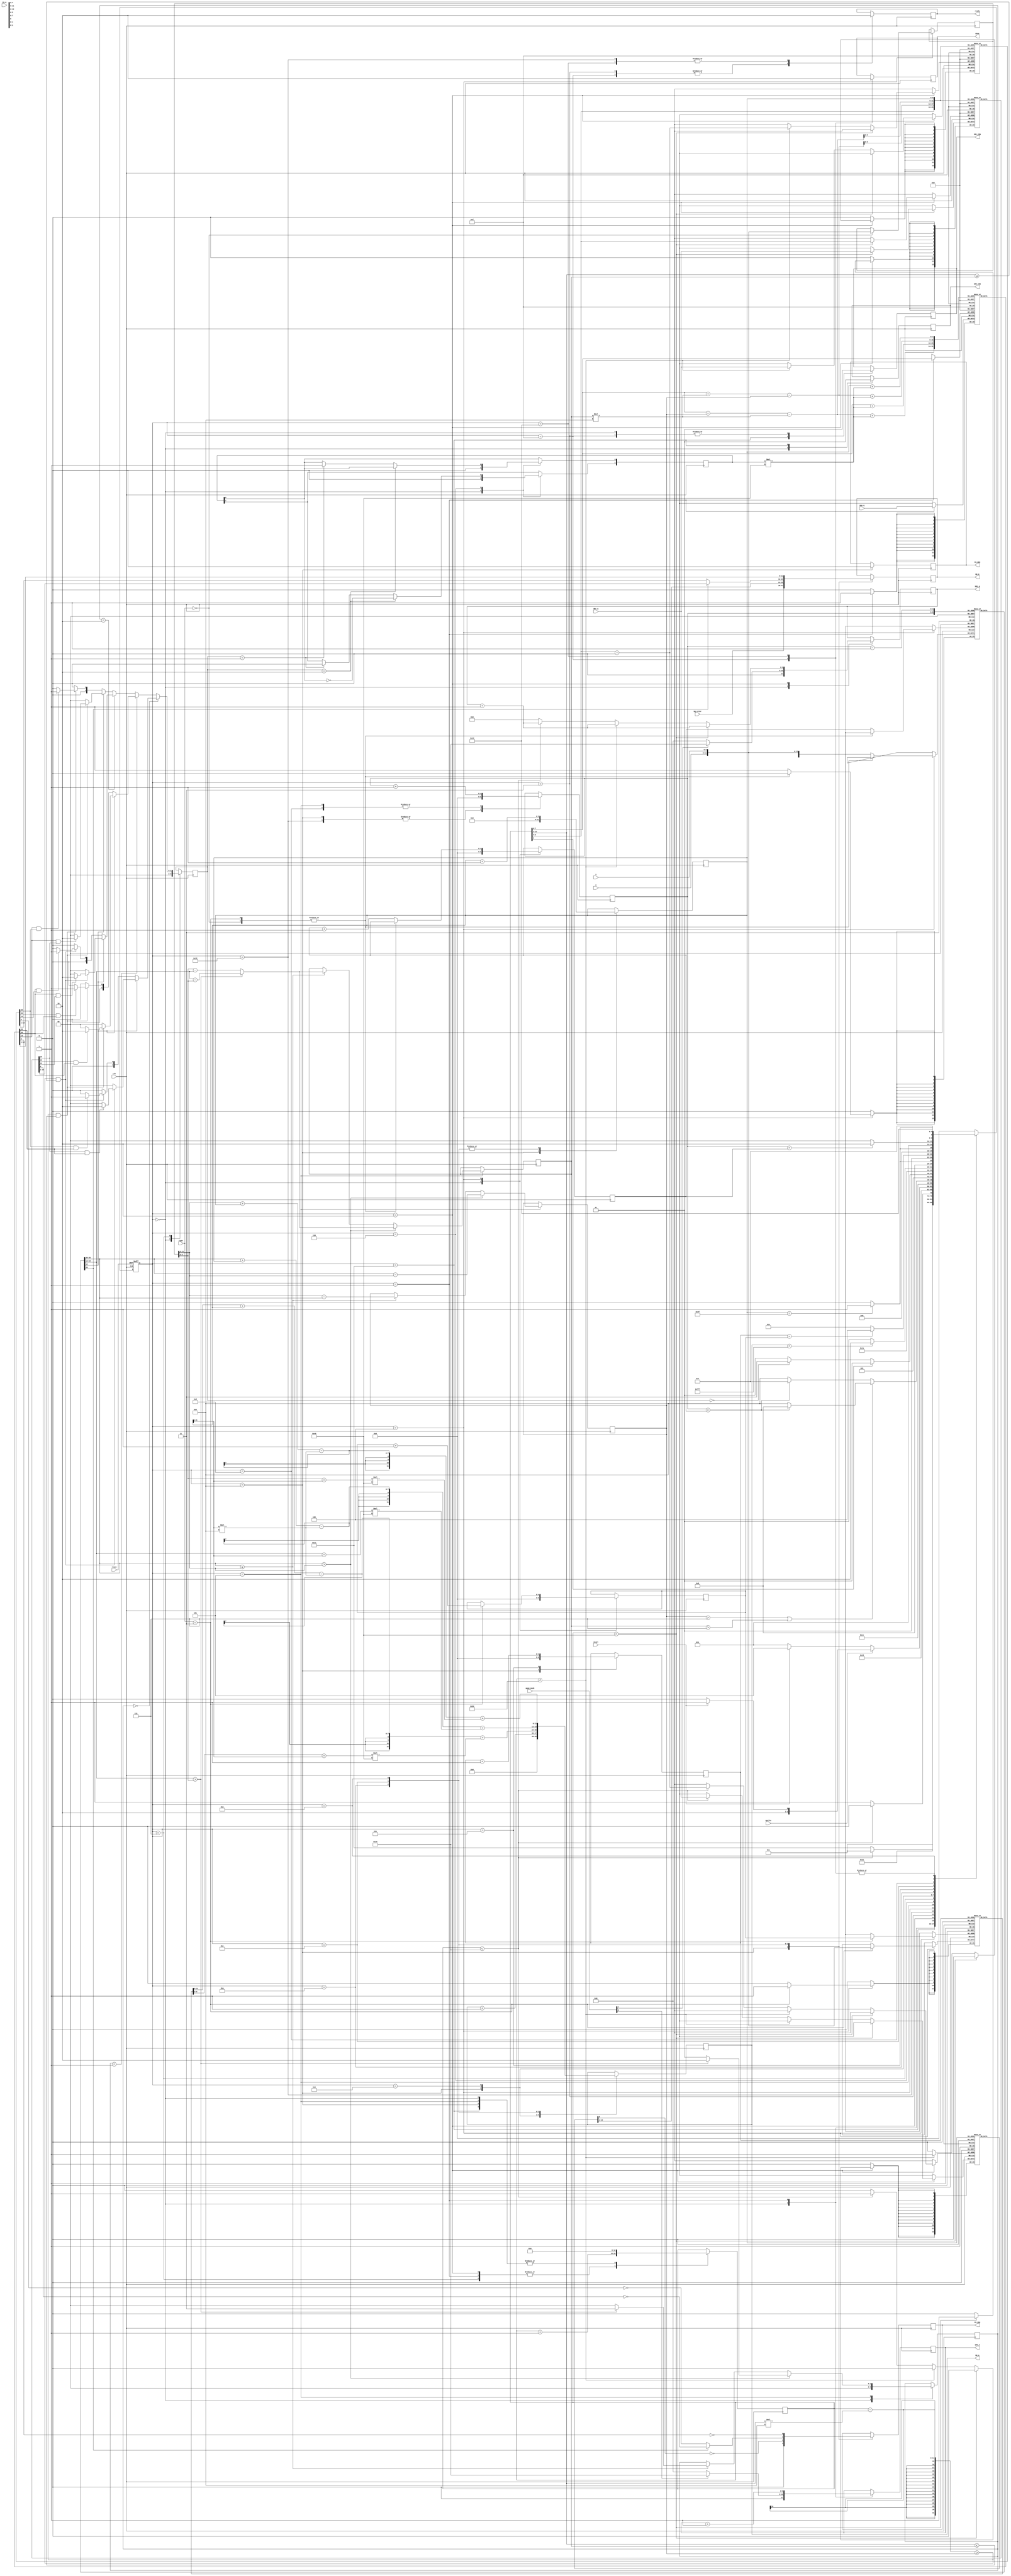
module SGDE (ready, done, clk, reset, sprite, start, type, X, Y, SR0_CEN, SR0_A, SR0_Q, SR1_CEN, 
SR1_A, SR1_Q, FB_CEN, FB_WEN, FB_A, FB_D, FB_Q, bg_color, game_mode);
								//, count ,state, next_state, player_state, state_record);


	//------------------------------------------------------------------
	//	Inputs
	//------------------------------------------------------------------
	input			clk;
	input			reset;
	input			sprite;
	input			start;
	input	[1:0]	type;
	input	[5:0]	X;
	input	[5:0]	Y;
	input	[12:0]	SR0_Q;
	input	[12:0]	SR1_Q;
	input	[11:0]	FB_Q;
	input	[11:0]	bg_color;
	input	[1:0]	game_mode;

	//------------------------------------------------------------------
	//	Outputs
	//------------------------------------------------------------------
	output			ready;
	output			done;
	output			SR0_CEN;
	output			SR1_CEN;
	output			FB_CEN;
	output			FB_WEN;
	output	[8:0]	SR0_A;
	output	[8:0]	SR1_A;
	output	[11:0]	FB_A;
	output	[11:0]	FB_D;
	
	// output   [12:0]  count;
	// output	[4:0]	  state;
	// output	[4:0]	  next_state;
	// output  [1:0]	player_state;
	// output  [1:0]	state_record;

	reg			ready;
	reg			done;
	reg			SR0_CEN;
	reg			SR1_CEN;
	reg			FB_CEN;
	reg			FB_WEN;
	reg	[8:0]	SR0_A;
	reg	[8:0]	SR1_A;
	reg	[11:0]	FB_A;
	reg	[11:0]	FB_D;
	//-----------------------------------
	reg [11:0]	buf_player;
	reg [13:0]	buf_powerup_enemy [0:19];
	reg [11:0]	buf_background [0:19];
	reg	[12:0]	image_player[0:191];
	reg	[12:0]	image_powerup[0:63];
	reg	[12:0]	image_enemy[0:63];
	reg	[12:0]	image_background[0:63];
	reg [4:0]	num_bg;
	reg [4:0]	num_pwr_emy;
	reg [12:0]	count;
	reg [5:0]	deltaX;
	reg [5:0]	deltaY;
	reg [5:0]	count_image;
	// reg [2:0]	i;
	// reg [2:0]	j;
	// reg [4:0] 	count_player;
	reg [1:0]	position_record; // record the emy or pwrup position relative to the player 00 01 10 11
	reg [4:0] 	count_powerup_enemy;
	// reg [4:0] 	count_powerup_enemy_reg;
	reg [4:0] 	count_background;
	// reg [4:0] 	count_background_reg;
	reg [4:0] 	next_state;
	reg [4:0] 	state;
	reg [1:0]	player_state;
	reg [1:0]	state_record;
	parameter	rst = 0,
				store_sr0 = 1,
				store_breath = 17,
				store_sr1 = 2,
				beready = 3,
				detect_start_sprite = 18,
				adding = 4,
				position_pwr_emy = 5,
				is_possible= 6,
				judge = 7,
				pre_write_buf = 8,
				write_bgcolor = 9,
				write_bg = 10,
				bg_next = 11,
				write_pwr_emy = 12,
				pwr_emy_next = 13,
				write_player = 14,
				finish_write = 15,
				all_over = 16;

	always @(posedge clk or posedge reset) begin
		if (reset) begin
			state <= rst;
			
		end
		else begin
			state <= next_state;
			// $display(state);
		end
	end

	// always @(posedge clk) begin
	// 	if (sprite) begin
	// 		case(type)
	// 			2'b00: begin
	// 				buf_player <= {X, Y};
	// 			end
	// 			2'b11: begin
	// 				buf_background[count_background_reg] <= {X, Y};

	// 				count_background_reg <= count_background_reg + 1;
	// 			end
	// 			default: begin
	// 				buf_powerup_enemy[count_powerup_enemy_reg] <= {type, X, Y};
	// 				count_powerup_enemy_reg <= count_powerup_enemy_reg + 1;
	// 			end
	// 		endcase
	// 	end
	// end

	always @(*) begin
		case(state)
			rst: begin
				// player_state = 0;
				// state_record = 0;
				next_state = store_sr0;
			end
			store_sr0: begin
				// $display(count);
				if(count<192)
					next_state = store_sr0;
				else
					next_state = store_breath;
			end
			store_breath: begin
				next_state = store_sr1;
			end
			store_sr1: begin
				if(count<192)
					next_state = store_sr1;
				else
					next_state = beready;
			end
			beready: begin
				next_state = detect_start_sprite;
			end
			detect_start_sprite: begin
				if(sprite)
					if(!start)
						next_state = adding;
					else
						next_state = position_pwr_emy;
				else
					if(!start)
						next_state = beready;
					else 
						next_state = position_pwr_emy;
			end

			adding: begin
				// if(sprite)
				// 	next_state = beready;
				// else
				// 	next_state = position_pwr_emy;
				// if(start) 
				// 	next_state = position_pwr_emy;
				// else 
					next_state = beready;
			end

			position_pwr_emy: begin
				// $display(buf_powerup_enemy[1]);

				next_state = is_possible;
				

				// if(player_state == 1)
				// 	next_state = pre_write_buf;
				// else
				// 	next_state = is_possible;
				// $display(num_pwr_emy,": ", player_state);
			end

			is_possible: begin 		// whether it is possible of overlapping comparing delta X,Y

				if(deltaX>7 || deltaY>7)
					if(num_pwr_emy < count_powerup_enemy)
						next_state = position_pwr_emy;
					else
						next_state = pre_write_buf;
				else
					if(num_pwr_emy < count_powerup_enemy)
						next_state = judge;
					else
						next_state = pre_write_buf;

				// if(deltaX>7 || deltaY>7)
				// 	if(num_pwr_emy < count_powerup_enemy)
				// 		next_state = position_pwr_emy;
				// 	else
				// 		next_state = pre_write_buf;
				// else
				// 	if(num_pwr_emy < count_powerup_enemy)
				// 		next_state = judge;
				// 	else
				// 		next_state = pre_write_buf;

				// if(player_state == 1)
				// 	next_state = pre_write_buf;
				// else
				
				// next_state = judge;

			end

			judge: begin
				
				if(count[6] == 0)
					if(state_record==0)
						next_state = judge;
					else
						next_state = position_pwr_emy;
				else
					next_state = position_pwr_emy;	// after we have judged the buf_powerup_enemy[num_pwr_emy], we need to judge [num_pwr_emy+1]!

			end

			pre_write_buf: begin 	// prepare to write the bg color into the FB 
				next_state = write_bgcolor;
			end

			write_bgcolor: begin
				if(FB_A == 4095)
					next_state = write_bg;
				else
					next_state = write_bgcolor;
			end

			write_bg: begin
				if(count_image == 63)
					next_state = bg_next;
				else
					next_state = write_bg;
			end

			bg_next: begin
				if(num_bg == count_background)
					next_state = write_pwr_emy;
				else
					next_state = write_bg;
			end

			write_pwr_emy: begin
				if(count_image == 63)
					next_state = pwr_emy_next;
				else
					next_state = write_pwr_emy;
			end

			pwr_emy_next: begin
				if(num_pwr_emy == count_powerup_enemy)
					next_state = write_player;
				else 
					next_state = write_pwr_emy;
			end

			write_player: begin
				if(count_image == 63)
					next_state = finish_write;
				else
					next_state = write_player;
			end

			finish_write: begin
				next_state = all_over;
			end

			all_over: begin
				next_state = all_over;
			end

			default: begin
				next_state = rst;
			end

		endcase
	end



	always @(negedge clk) begin
		case(state)
			rst: begin
				count_powerup_enemy <= 0;
				count_background <= 0;
				player_state <= 0;
				state_record <= 0;
				position_record <= 0;
				if(game_mode[0:0] == 0)
					SR0_A <= 0;
				else
					SR0_A <= 192;
				if(game_mode[1:1] == 0)
					SR1_A <= 0;
				else
					SR1_A <= 192;
				SR0_CEN <= 0;
				SR1_CEN <= 1;
				count <= 0;
			end
			store_sr0: begin
				// $display(image_player[0]);
				image_player[count] <= SR0_Q;
				// $display(image_player[count[6:0]-(count[6:0]>>3)*8][count[7:0]>>3]);
				SR0_A <= SR0_A + 1;
				// $display(count);
				// $display(SR0_Q);
				// $display(image_player[count-1]); // store the value into the reg need one clock cycle. That is true!
				
				count <= count + 1;
				
				
			end

			store_breath: begin
				SR0_CEN <= 1;
				SR1_CEN <= 0;
				count <= 0;
			end

			store_sr1: begin
				// $display(count);
				if(count < 64) begin
					image_enemy[count] <= SR1_Q;
					
					SR1_A <= SR1_A + 1;
					// SR1_CEN <= 0;
				end
				else if(count < 128) begin
					image_powerup[count-64] <= SR1_Q;
					
					SR1_A <= SR1_A + 1;
					// SR1_CEN <= 0;
				end
				else if(count < 192) begin
					image_background[count-128] <= SR1_Q;
					// $display(image_enemy[count-128]);
					
					SR1_A <= SR1_A + 1;
					// SR1_CEN <= 0;
				end
				else begin
					// count <= 0;
					SR1_A <= 0;
					// SR1_CEN <= 1;
				end
				count <= count + 1;			
			end

			beready: begin
				SR1_CEN <= 1;
				ready <= 1;
			end
			detect_start_sprite: begin
				ready <= 0;
				num_pwr_emy <= 0;
			end
			adding: begin
				
				case(type)
					2'b00: begin
						buf_player <= {X, Y};
					end
					2'b11: begin
						buf_background[count_background] <= {X, Y};

						count_background <= count_background + 1;
					end
					default: begin
						buf_powerup_enemy[count_powerup_enemy] <= {type, X, Y};
						count_powerup_enemy <= count_powerup_enemy + 1;
					end
				endcase
				// $display(buf_powerup_enemy[0]);
			end

			position_pwr_emy: begin // judge where the NPC is relative to the player
				if(buf_powerup_enemy[num_pwr_emy][11:6] > buf_player[11:6]) 
					if(buf_powerup_enemy[num_pwr_emy][5:0] > buf_player[5:0]) begin
						position_record <= 2'b10;	// right-down
						deltaX <= buf_powerup_enemy[num_pwr_emy][11:6] - buf_player[11:6];
						deltaY <= buf_powerup_enemy[num_pwr_emy][5:0] - buf_player[5:0];
					end
					else begin
					position_record <= 2'b01;	// right-up
					deltaX <= buf_powerup_enemy[num_pwr_emy][11:6] - buf_player[11:6];
					deltaY <= buf_player[5:0] - buf_powerup_enemy[num_pwr_emy][5:0];
					end
					
				else if(buf_powerup_enemy[num_pwr_emy][11:6] <= buf_player[11:6]) 
					if(buf_powerup_enemy[num_pwr_emy][5:0] > buf_player[5:0]) begin
						position_record <= 2'b11;	// left-down
						deltaX <= buf_player[11:6] - buf_powerup_enemy[num_pwr_emy][11:6];
						deltaY <= buf_powerup_enemy[num_pwr_emy][5:0] - buf_player[5:0];
					end
					
					else begin
						position_record <= 2'b00;	// left-up
						deltaX <= buf_player[11:6] - buf_powerup_enemy[num_pwr_emy][11:6];
						deltaY <= buf_player[5:0] - buf_powerup_enemy[num_pwr_emy][5:0];
					end 

				count <= 0;
				num_pwr_emy <= num_pwr_emy + 1;

			end

			is_possible: begin
				// count <= 0;
				if(state_record == 2)
					player_state[1] <= ~player_state[0];
				else if(state_record == 1)
					player_state <= 1;
				// else
				// 	player_state <= player_state;

			end
			judge: begin
			//============================================================JUDGE
				if(position_record == 0) begin
					if(buf_powerup_enemy[num_pwr_emy-1][12]==1) begin
						if(count - (count>>3)*8 >= deltaX && (count>>3)>=deltaY) begin
							if(image_enemy[count][0]&image_player[count - deltaX - deltaY*8 + player_state*64][0]==1) begin
								state_record <= 2;	// overlap enemy
							end
							else begin
								state_record <= 0;
							end
						end
						else begin
							state_record <= 0;
						end
					end
					else begin
						if(count - (count>>3)*8 >= deltaX && (count>>3)>=deltaY) begin
							if(image_powerup[count][0]&image_player[count - deltaX - deltaY*8 + player_state*64][0]==1) begin
								state_record <= 1;
							end
							else begin
								state_record <= 0;
							end
						end
						else begin
							state_record <= 0;
						end
					end
				end

				else if(position_record == 1) begin
					if(buf_powerup_enemy[num_pwr_emy-1][12]==1) begin
						if(count - (count>>3)*8 >= deltaX && (count>>3)<=deltaY) begin
							if(image_enemy[count + deltaY*8 - deltaX][0]&image_player[count + player_state*64][0]==1) begin
								state_record <= 2;
							end
							else begin
								state_record <= 0;
							end
						end
						else begin
							state_record <= 0;
						end
					end
					else begin
						if(count - (count>>3)*8 >= deltaX && (count>>3)<=deltaY) begin
							if(image_powerup[count + deltaY*8 - deltaX][0]&image_player[count + player_state*64][0]==1) begin
								state_record <= 1;
							end
							else begin
								state_record <= 0;
							end
						end
						else begin
							state_record <= 0;
						end
					end

				end

				else if(position_record == 2) begin
					if(buf_powerup_enemy[num_pwr_emy-1][12]==1) begin
						if(count - (count>>3)*8 >= deltaX && (count>>3)>=deltaY) begin
							if(image_player[count + player_state*64][0]&image_enemy[count - deltaX - deltaY*8][0]==1) begin
								state_record <= 2;	// overlap enemy
							end
							else begin
								state_record <= 0;
							end
						end
						else begin
							state_record <= 0;
						end
					end
					else begin
						if(count - (count>>3)*8 >= deltaX && (count>>3)>=deltaY) begin
							if(image_player[count + player_state*64][0]&image_powerup[count - deltaX - deltaY*8][0]==1) begin
								state_record <= 1;
							end
							else begin
								state_record <= 0;
							end
						end
						else begin
							state_record <= 0;
						end
					end
				end

				else begin
					if(buf_powerup_enemy[num_pwr_emy-1][12]==1) begin
						if(count - (count>>3)*8 >= deltaX && (count>>3)<=deltaY) begin
							if(image_player[count + deltaY*8 - deltaX + player_state*64][0]&image_enemy[count][0]==1) begin
								state_record <= 2;
							end
							else begin
								state_record <= 0;
							end
						end
						else begin
							state_record <= 0;
						end
					end
					else begin
						if(count - (count>>3)*8 >= deltaX && (count>>3)<=deltaY) begin
							if(image_player[count + deltaY*8 - deltaX + player_state*64][0]&image_powerup[count][0]==1) begin
								state_record <= 1;
							end
							else begin
								state_record <= 0;
							end
						end
						else begin
							state_record <= 0;
						end
					end
				end
			//
				count <= count + 1;
			end

			pre_write_buf: begin 	// prepare to write the bg color into the FB
				
				// $display(image_player[165]);
				// $display(image_player[190]);
				// $display(image_player[191]);

				//count <= 0;
				FB_CEN <= 0;
				FB_WEN <= 0;
				FB_D <= bg_color;
				FB_A <= 0;
				num_bg <= 0;
				num_pwr_emy <= 0;
				count <= 0;
				count_image <= 0;
			end
			write_bgcolor: begin
				FB_A <= FB_A + 1;
			end
			write_bg: begin
				FB_A <= buf_background[num_bg][11:6] + count_image - (count_image>>3)*8 + (buf_background[num_bg][5:0] + (count_image>>3)) * 64;
				// $display(buf_background[num_bg]);
				// $display(num_bg);
				// $display(FB_A);

				
				FB_D <= image_background[count_image][12:1];
				// $display(image_background[0]);
				FB_CEN <= ~image_background[count_image][0];
				// $display(image_background[count_image - (count_image>>3)*8]);
				// $display(FB_D);
				// $display(FB_CEN);
				count_image <= count_image + 1;
			end
			bg_next: begin
				num_bg <= num_bg + 1;
			end
			write_pwr_emy: begin
				FB_A <= buf_powerup_enemy[num_pwr_emy][11:6] + count_image - (count_image>>3)*8 + (buf_powerup_enemy[num_pwr_emy][5:0] + (count_image>>3)) * 64;
				if(buf_powerup_enemy[num_pwr_emy][12] == 1) begin
					FB_D <= image_enemy[count_image][12:1];
					FB_CEN <= ~image_enemy[count_image][0];
				end
				else begin
					FB_D <= image_powerup[count_image][12:1];
					FB_CEN <= ~image_powerup[count_image][0];
				end
				count_image <= count_image + 1;
			end
			pwr_emy_next: begin
				num_pwr_emy <= num_pwr_emy + 1;
			end
			write_player: begin
				FB_A <= buf_player[11:6] + count_image - (count_image>>3)*8 + (buf_player[5:0] + (count_image>>3)) * 64;
				FB_D <= image_player[count_image + player_state*64][12:1];
				FB_CEN <= ~image_player[count_image + player_state*64][0];
				count_image <= count_image + 1;
			end
			finish_write: begin
				ready <= 1;
				done <= 1;
			end
			all_over: begin
				ready <= 0;
				done <= 0;
			end
		endcase
	end
endmodule